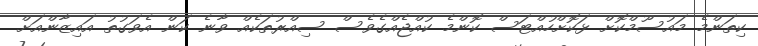
ކިތަންމެ މައުސޫމްކޮށް ޅަކޮށްހުއްޓަސް ކޮންމެ ކުއްޖެއްގެވެސް ސިއްރުތަކެއް ވާނެ ކަން އެވަގުތު އައިޒާންއަށް